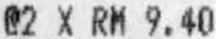
@2 X RM 9.40